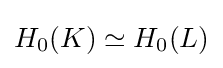
H_{0}(K)\simeq H_{0}(L)